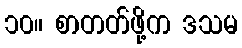
၁၀။ စာတတ်ဖို့က ဒသမ